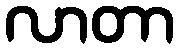
လာတာ